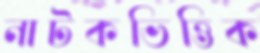
নাটকভিত্তিক